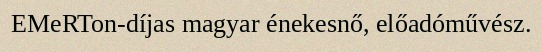
EMeRTon-díjas magyar énekesnő, előadóművész.